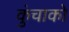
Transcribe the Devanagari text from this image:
कुंचाको